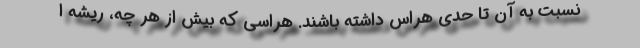
نسبت به آن تا حدي هراس داشته باشند. هراسي كه بيش از هر چه، ريشه ا